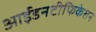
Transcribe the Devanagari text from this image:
आईडनटीफिकेशन